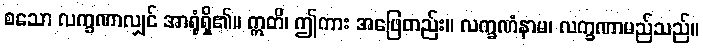
စသော လက္ခဏာလျှင် အာရုံရှိ၏။ ဣတိ၊ ဤကား အဖြေတည်း။ လက္ခဏံနာမ၊ လက္ခဏာမည်သည်။